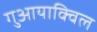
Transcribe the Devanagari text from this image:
गुआयाक्विल